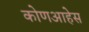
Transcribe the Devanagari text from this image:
कोणआहेस